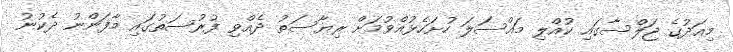
މިއަދުގެ ޖަލްސާގައި ކުއްލި މައްސަލަ ހުށަހެޅުއްވުމަށް ރިޔާސަތު ދެއްވި ފުރުސަތުގައި މާފަންނު ދެކުނު